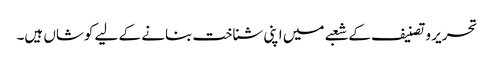
تحریر و تصنیف کے شعبے میں اپنی شناخت بنانے کے لیے کوشاں ہیں۔